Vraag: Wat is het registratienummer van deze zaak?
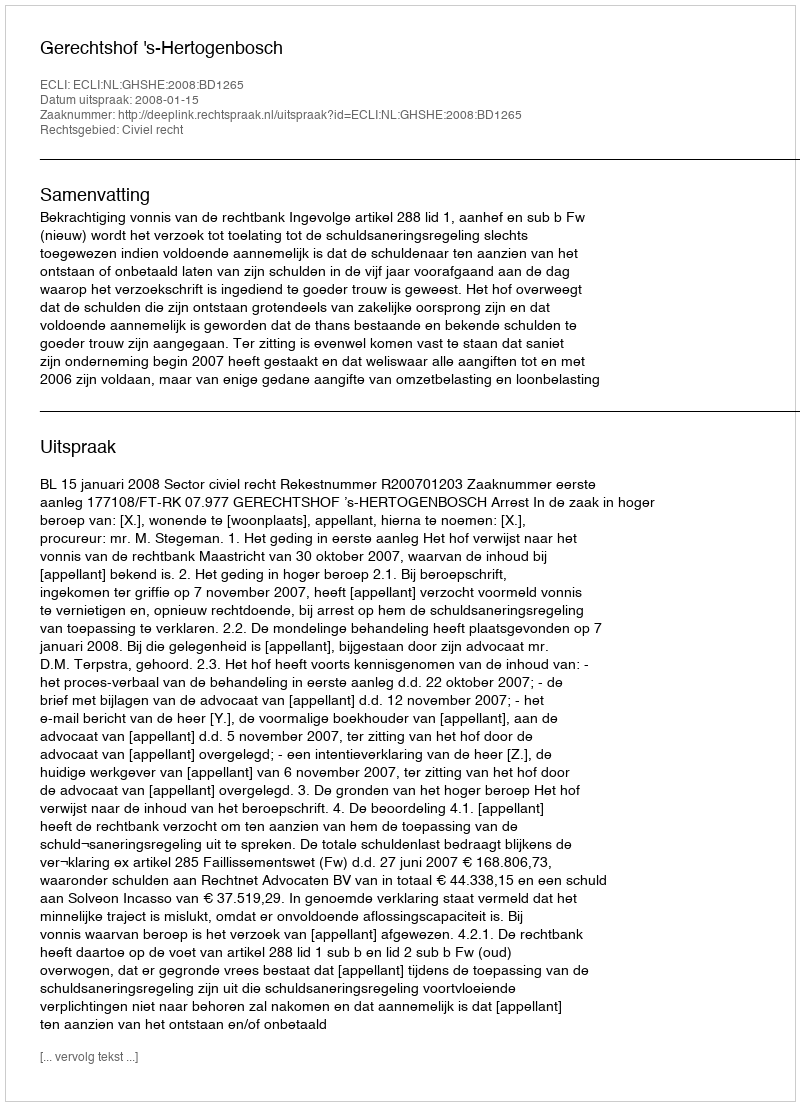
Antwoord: http://deeplink.rechtspraak.nl/uitspraak?id=ECLI:NL:GHSHE:2008:BD1265